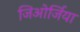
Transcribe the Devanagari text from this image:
जिओर्जिया